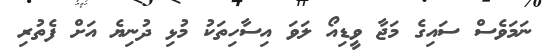
ނަމަވެސް ސައިގެ މަޖާ ވީޑިއޯ ލަވަ އިސާހިތަކު މުޅި ދުނިޔެ އަށް ފެތުރި